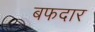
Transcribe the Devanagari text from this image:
बफदार